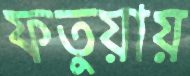
ফতুয়ায়